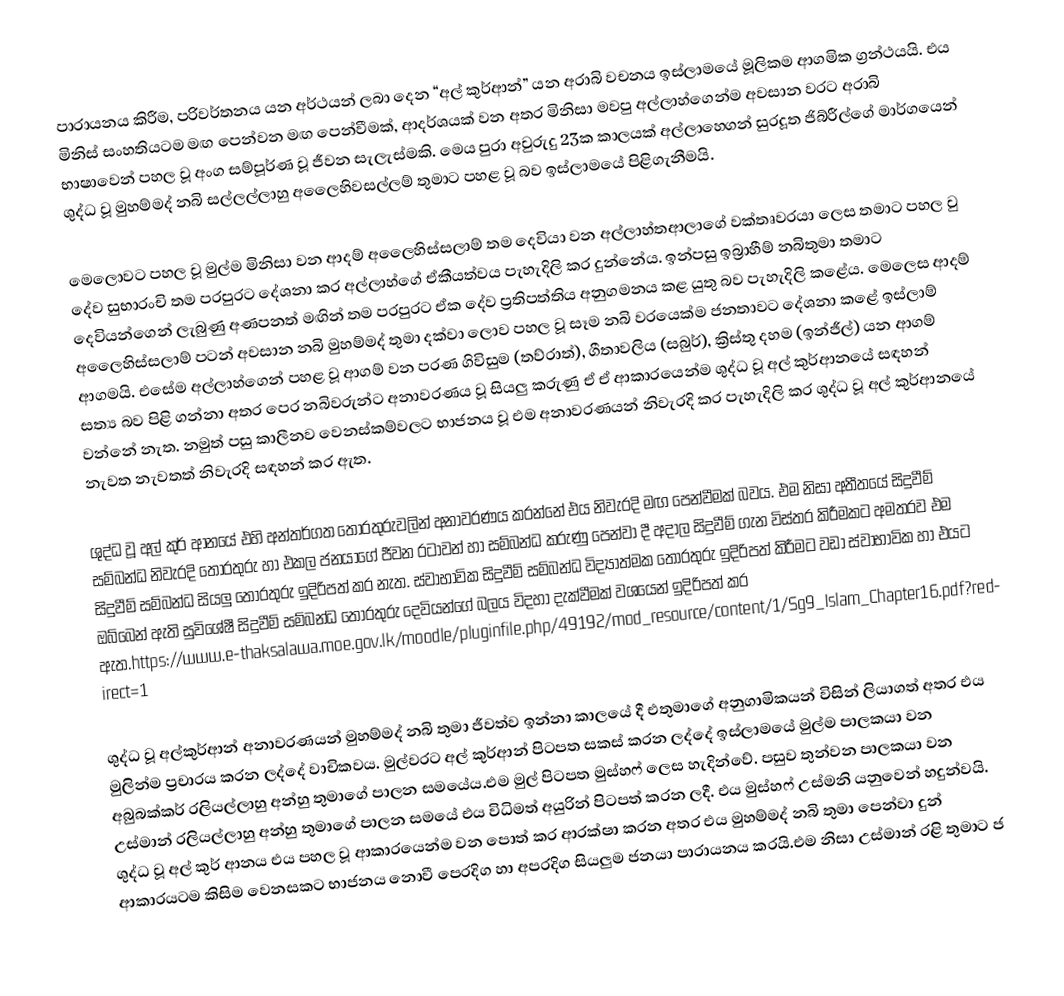
පාරායනය කිරීම, පරිවර්තනය යන අර්ථයන් ලබා දෙන “අල් කුර්ආන්” යන අරාබි වචනය ඉස්ලාමයේ මූලිකම ආගමික ග්‍රන්ථයයි. එය මිනිස් සංහතියටම මඟ පෙන්වන මඟ පෙන්වීමක්, ආදර්ශයක් වන අතර මිනිසා මවපු අල්ලාහ්ගෙන්ම අවසාන වරට අරාබි භාෂාවෙන් පහල වූ අංග සම්පූර්ණ වූ ජීවන සැලැස්මකි. මෙය පුරා අවුරුදු 23ක කාලයක් අල්ලාහ‍්ගෙන් සුරදූත ජිබ්රීල්ගේ  මාර්ගයෙන් ශුද්ධ වූ මුහම්මද් නබි සල්ලල්ලාහු අලෛහිවසල්ලම් තුමාට පහළ වූ බව ඉස්ලාමයේ පිළිගැනීමයි.

මෙලොවට පහල වූ මුල්ම මිනිසා වන ආදම් අලෛහිස්සලාම් තම දෙවියා වන අල්ලාහ්තආලාගේ වක්තෘවරය‍ා ලෙස තමාට පහල වු දේව සුභාරංචි තම පරපුරට දේශනා කර අල්ලාහ්ගේ ඒකීයත්වය පැහැදිලි කර දුන්නේය. ඉන්පසු ඉබ්‍රාහීම් නබිතුමා තමාට දෙවියන්ගෙන් ලැබුණු අණපනත් මඟින් තම පරපු‍රට ඒක දේව ප්‍රතිපත්තිය අනුගමනය කළ යුතු බව පැහැදිලි කළේය. මෙලෙස ආදම් අලෛහිස්සලාම් පටන් අවසාන නබි මුහම්මද් තුමා දක්වා ලොව පහල වූ සෑම නබි වරයෙක්ම ජනතාවට දේශනා කළේ ඉස්ලාම් ආගමයි. එසේම අල්ලාහ්ගෙන් පහළ වූ ආගම් වන පරණ ගිවිසුම (තව්රාත්), ගීතාවලිය (සබුර්), ක්‍රිස්තු දහම (ඉන්ජීල්) යන ආගම් සත්‍ය බව පිළි ගන්නා අතර පෙර නබිවරුන්ට අනාවරණය වූ සියලු කරුණු ඒ ඒ ආකාරයෙන්ම ශුද්ධ වූ අල් කුර්ආනයේ සඳහන් වන්නේ නැත. නමුත් පසු කාලීනව වෙනස්කම්වලට භාජනය වූ එම අනාවරණයන් නිවැරදි කර පැහැදිලි කර ශුද්ධ වූ අල් කුර්ආනයේ නැවත නැවතත් නිවැරදි සඳහන් කර ඇත.

ශුද්ධ වූ අල් කුර් ආනයේ එහි අන්තර්ගත තොරතුරුවලින් අනාවරණය කරන්නේ එය නිවැරදි මඟ පෙන්වීමක් බවය. එම නිසා අතීතයේ සිදුවීම් සම්බන්ධ නිවැරදි තොරතුරු හා එකල ජනයාගේ ජීවන රටාවන් හා සම්බන්ධ කරුණු පෙන්වා දී අදාල සිදුවීම් ගැන විස්තර කිරීමකට අමතරව එම සිදුවීම් සම්බන්ධ සියලු තොරතුරු ඉදිරිපත් කර නැත. ස්වාභාවික සිදුවීම් සම්බන්ධ විද්‍යාත්මක තොරතුරු ඉදිරිපත් කිරීමට වඩා ස්වාභාවික හා එයට ඔබ්බෙන් ඇති සුවිශේෂී සිදුවීම් සම්බන්ධ තොරතුරු දෙවියන්ගේ බලය විදහා දැක්වීමක් වශයෙන් ඉදිරිපත් කර ඇත.https://www.e-thaksalawa.moe.gov.lk/moodle/pluginfile.php/49192/mod_resource/content/1/Sg9_Islam_Chapter16.pdf?redirect=1

ශුද්ධ වූ අල්කුර්ආන් අනාවරණයන් මුහම්මද් නබි තුමා ජීවත්ව ඉන්නා කාලයේ දී එතුමාගේ අනුගාමිකයන් විසින් ලියාගත් අතර එය මුලින්ම ප්‍රචාරය කරන ලද්දේ වාචිකවය. මුල්වරට අල් කුර්ආන් පිටපත සකස් කරන ලද්දේ ඉස්ලාමයේ මුල්ම පාලකයා වන අබුබක්කර් රලියල්ලාහු අන්හු තුමාගේ පාලන සමයේය.එම මුල් පිටපත මුස්හෆ් ලෙස හැදින්වේ.  පසුව තුන්වන පාලකයා වන උස්මාන් රලියල්ලාහු අන්හු තුමාගේ පාලන සමයේ එය විධිමත් අයුරින් පිටපත් කරන ලදී. එය මුස්හෆ් උස්මනි යනුවෙන් හදුන්වයි. ශුද්ධ වූ අල් කුර් ආනය එය පහල වූ ආකාරයෙන්ම වන පොත් කර ආරක්ෂා කරන අතර එය මුහම්මද් නබි තුමා පෙන්වා දුන් ආකාරයටම කිසිම වෙනසකට භාජනය නොවී පෙරදිග හා අපරදිග සියලුම ජනයා පාරායනය කරයි.එම නිසා උස්මාන් රළි තුමාට ජ